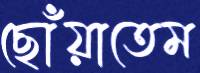
ছোঁয়াতেম